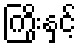
ကြိုးနှင့်